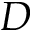
D